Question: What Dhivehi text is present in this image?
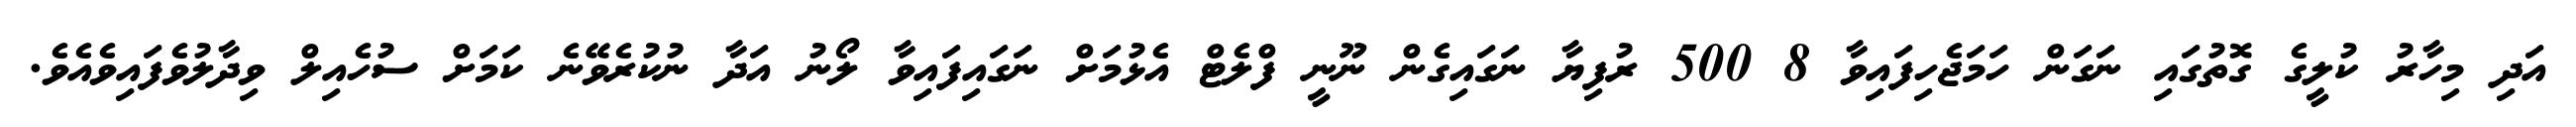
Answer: އަދި މިހާރު ކުލީގެ ގޮތުގައި ނަގަން ހަމަޖެހިފައިވާ 8 500 ރުފިޔާ ނަގައިގެން ނޫނީ ފްލެޓް އެޅުމަށް ނަގައިފައިވާ ލޯނު އަދާ ނުކުރެވޭނެ ކަމަށް ސުހެއިލް ވިދާލުވެފައިވެއެވެ.